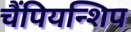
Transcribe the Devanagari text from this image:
चैंपियन्शिप